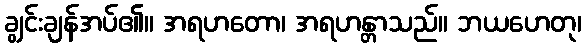
ချွင်းချန်အပ်၏။ အရဟတော၊ အရဟန္တာသည်။ ဘယဟေတု၊